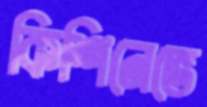
কিশিনেভে